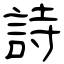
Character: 詩